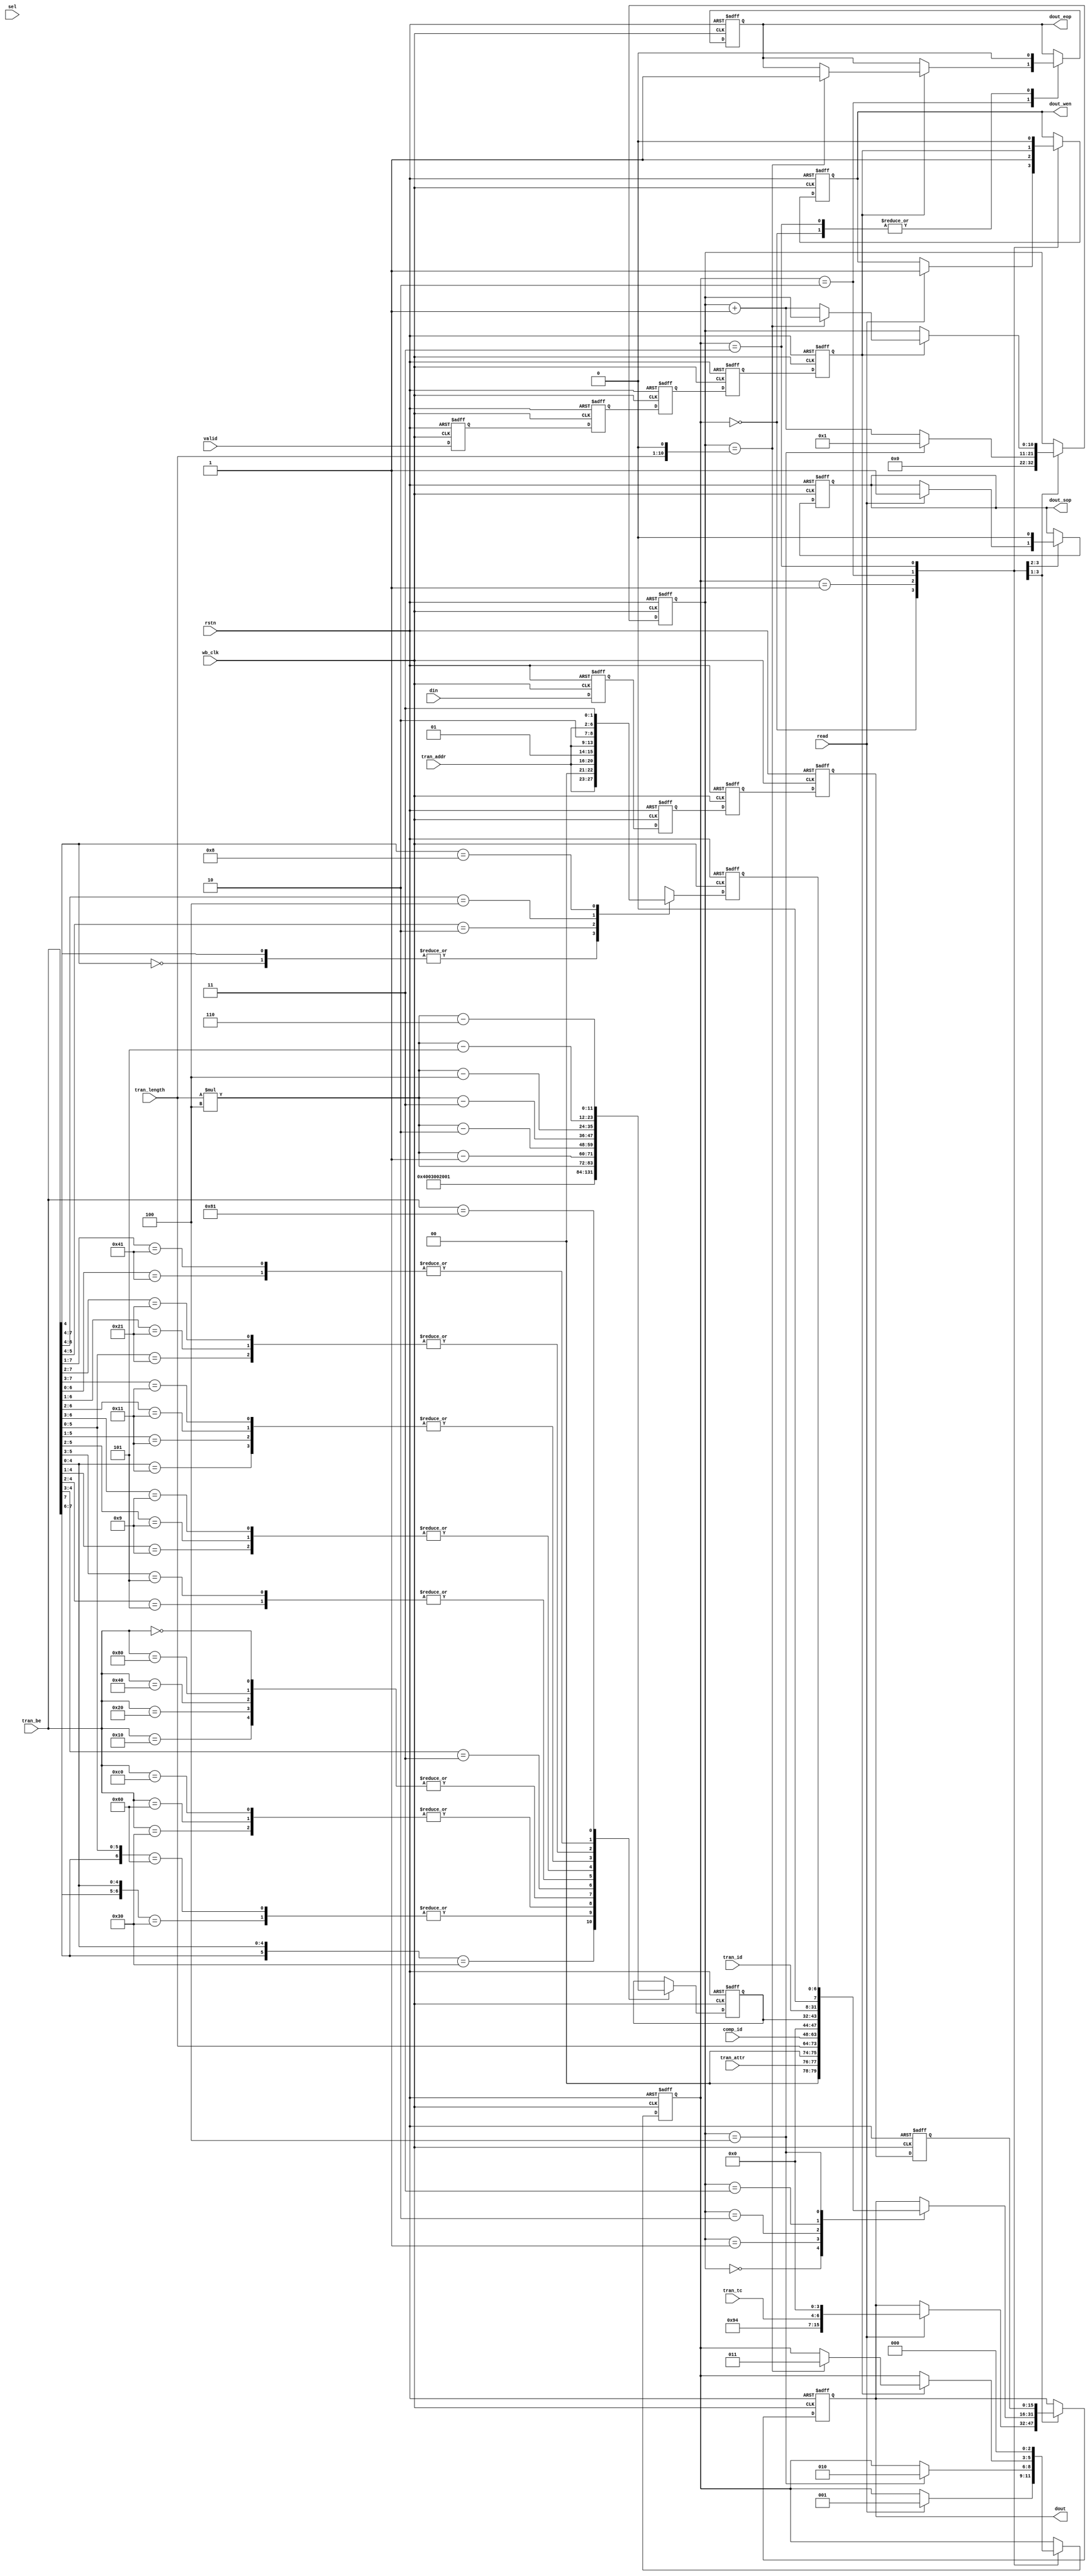
// $Id: wb_tlc_cpld.v,v 1.1.1.1 2008/07/01 17:34:23 jfreed Exp $

module wb_tlc_cpld(wb_clk, rstn,
                din, sel, read, valid,
                tran_id, tran_length, tran_be, tran_addr, tran_tc, tran_attr, comp_id,
                dout, dout_sop, dout_eop, dout_wen
);

input wb_clk;
input rstn;
input [15:0] din;
input [1:0] sel;
input read;
input valid;
input [23:0]  tran_id;  // tran_id = {req_id,tag}
input [9:0] tran_length;
input [7:0] tran_be;
input [4:0] tran_addr;
input [2:0] tran_tc;
input [1:0] tran_attr;
input [15:0] comp_id;
output [15:0] dout;
output dout_sop;
output dout_eop;
output dout_wen;

reg [2:0] sm;
parameter IDLE = 3'b000,          
          ACK = 3'b001,
          DAT = 3'b010,
          CLEAR = 3'b011;


reg [15:0] dout, din_p, din_p2, din_p3, din_p4, din_p5;
reg dout_sop, dout_eop, dout_wen;
reg [11:0] bc;
reg [6:0] la;
reg valid_p, valid_p2, valid_p3, valid_p4, valid_p5;
reg [10:0] word_cnt;


always @(negedge rstn or posedge wb_clk)
begin
  if (~rstn)
  begin
    sm <= IDLE;
    dout <= 0;
    dout_sop <= 1'b0;
    dout_eop <= 1'b0;
    din_p <= 0;
    din_p2 <= 0;
    din_p3 <= 0;
    din_p4 <= 0;
    din_p5 <= 0;
   
    valid_p <= 1'b0;
    valid_p2 <= 1'b0;
    valid_p3 <= 1'b0;
    valid_p4 <= 1'b0;
    valid_p5 <= 1'b0;
    
    dout_wen <= 1'b0;
    la <= 7'b0000000;
    bc <= 0;
    word_cnt <= 0;
  end
  else
  begin
    din_p <= din;
    din_p2 <= din_p;  // pipe data to allow for header
    din_p3 <= din_p2;
    din_p4 <= din_p3;
    din_p5 <= din_p4;
    valid_p <= valid;
    valid_p2 <= valid_p; 
    valid_p3 <= valid_p2;  
    valid_p4 <= valid_p3;  
    valid_p5 <= valid_p4;  
  
    case (sm)
    IDLE:
    begin
      word_cnt <= 0;
      dout_eop <= 1'b0;
      if (read) begin
         sm <= ACK; 
         dout_sop <= 1'b1;
         dout_wen <= 1'b1;
         dout <= {8'h4a, 1'b0, tran_tc, 4'd0};
      end
    end
    ACK: // write header parts
    begin
      dout_wen <= 1'b1;
      dout_sop <= 1'b0;
      case (word_cnt)
         0: dout  <= {2'b00, tran_attr, 2'b00, tran_length};
         1: dout  <= comp_id; 
         2: dout  <= {3'b000, 1'b0, bc};
         3: dout  <= tran_id[23:8];
         4: dout  <= {tran_id[7:0], 1'b0, la};
      endcase
      
      if (word_cnt == 4) begin
         sm <= DAT;
         word_cnt <= 1;
      end
      else
         word_cnt <= word_cnt + 1;
    end
    DAT: // write data parts
    begin
      dout_wen <= valid_p5;
      dout <= din_p5;
      if (valid_p5) begin
         if (word_cnt == {tran_length, 1'b0}) begin
            dout_eop <= 1'b1;
            sm <= CLEAR;
         end
         else
            word_cnt <= word_cnt + 1;
      end
    end    
    CLEAR: // clean up  
    begin
      dout_wen <= 1'b0;      
      dout_eop <= 1'b0;      
      sm <= IDLE;
    end
    
    endcase


    // implementation of table 2-21 from PCIe base spec
    //tran_be = first, last
    casex(tran_be)
    8'b1xx10000: bc <= 12'h004;
    8'b01x10000: bc <= 12'h003;
    8'b1x100000: bc <= 12'h003;
    8'b00110000: bc <= 12'h002;
    8'b01100000: bc <= 12'h002;
    8'b11000000: bc <= 12'h002;
    8'b00010000: bc <= 12'h001;
    8'b00100000: bc <= 12'h001;
    8'b01000000: bc <= 12'h001;
    8'b10000000: bc <= 12'h001;
    8'b00000000: bc <= 12'h001;
    8'bxxx11xxx: bc <= (tran_length*4);
    8'bxxx101xx: bc <= (tran_length*4) - 1;
    8'bxxx1001x: bc <= (tran_length*4) - 2;
    8'bxxx10001: bc <= (tran_length*4) - 3;
    8'bxx101xxx: bc <= (tran_length*4) - 1;
    8'bxx1001xx: bc <= (tran_length*4) - 2;
    8'bxx10001x: bc <= (tran_length*4) - 3;
    8'bxx100001: bc <= (tran_length*4) - 4;
    8'bx1001xxx: bc <= (tran_length*4) - 2;
    8'bx10001xx: bc <= (tran_length*4) - 3;
    8'bx100001x: bc <= (tran_length*4) - 4;
    8'bx1000001: bc <= (tran_length*4) - 5;
    8'b10001xxx: bc <= (tran_length*4) - 3;
    8'b100001xx: bc <= (tran_length*4) - 4;
    8'b1000001x: bc <= (tran_length*4) - 5;
    8'b10000001: bc <= (tran_length*4) - 6;
    endcase
  
  
    // implementation of table 2-22 from PCIe base spec
    //tran_be = first, last
    casex(tran_be[7:4])
    4'b0000: la <= {tran_addr, 2'b00};     
    4'bxxx1: la <= {tran_addr, 2'b00};     
    4'bxx10: la <= {tran_addr, 2'b01};     
    4'bx100: la <= {tran_addr, 2'b10};     
    4'b1000: la <= {tran_addr, 2'b11};     
    endcase

  end //clk
end




endmodule